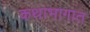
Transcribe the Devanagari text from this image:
कथाभागात